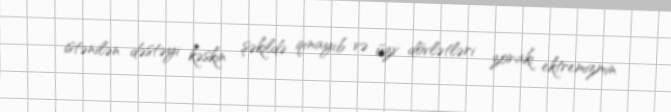
istənilən dəstəyi kəskin şəkildə qınayıb və üzv dövlətləri zorakı ektremizmin